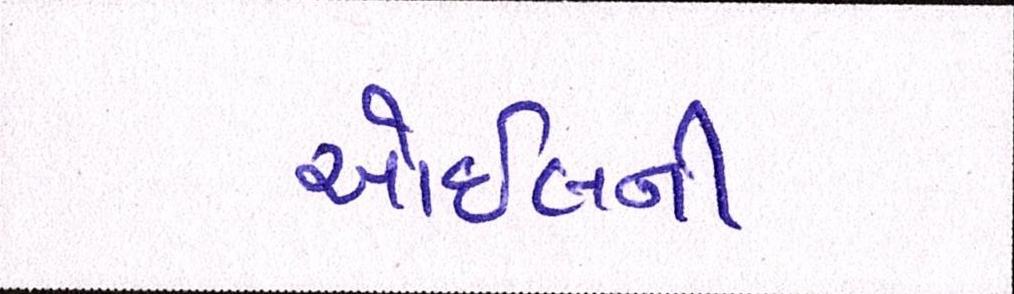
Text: ઓઈલની